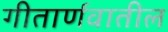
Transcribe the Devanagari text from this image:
गीतार्णवातील